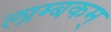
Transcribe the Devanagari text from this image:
लाम्बकम्